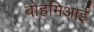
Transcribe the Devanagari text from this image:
बोहेमिआई